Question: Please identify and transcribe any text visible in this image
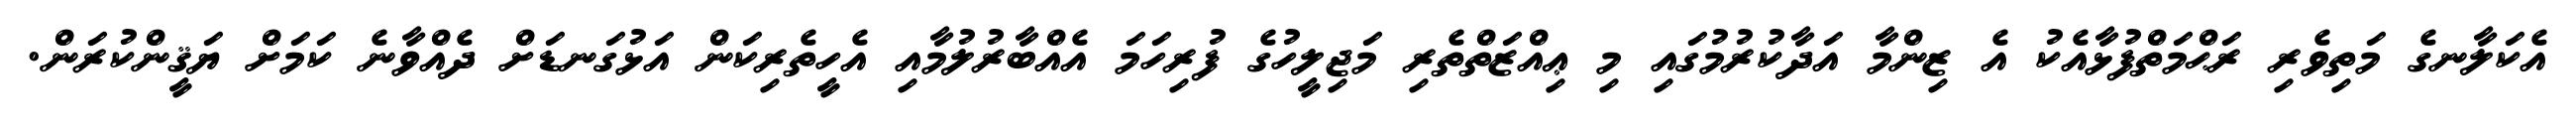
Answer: އެކަލާނގެ މަތިވެރި ރަޙްމަތްފުޅާއެކު އެ ޒިންމާ އަދާކުރުމުގައި މި ޢިއްޒަތްތެރި މަޖިލީހުގެ ފުރިހަމަ އެއްބާރުލުމާއި އެހީތެރިކަން އަޅުގަނޑަށް ދެއްވާނެ ކަމަށް ޔަޤީންކުރަން.